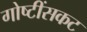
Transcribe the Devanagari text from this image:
गोष्टींसकट